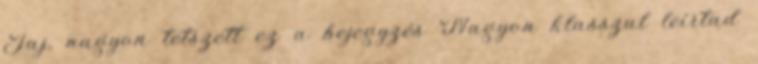
Jaj, nagyon tetszett ez a bejegyzés Nagyon klasszul leírtad